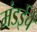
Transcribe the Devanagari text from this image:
मंडईचे